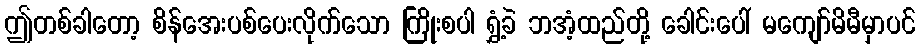
ဤတစ်ခါတော့ စိန်အေးပစ်ပေးလိုက်သော ကြိုးစပါ ရွှံ့ခဲ ဘအံ့ထည်တို့ ခေါင်းပေါ် မကျော်မိမီမှာပင်